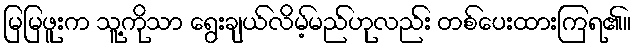
မြမြဖူးက သူ့ကိုသာ ရွေးချယ်လိမ့်မည်ဟုလည်း တစ်ပေးထားကြရ၏။